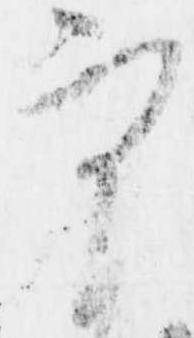
実